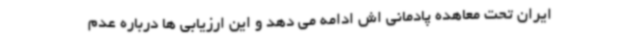
ایران تحت معاهده پادمانی اش ادامه می دهد و این ارزیابی ها درباره عدم